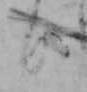
日